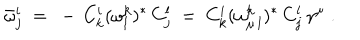
\bar { \omega } _ { j } ^ { i } \ = \ - \, C _ { k } ^ { i } ( \omega _ { l } ^ { k } ) ^ { * } \, C _ { j } ^ { l } \ = \ C _ { k } ^ { i } ( \omega _ { \mu \, l } ^ { k } ) ^ { * } \, C _ { j } ^ { l } \, \gamma ^ { \mu } \ .